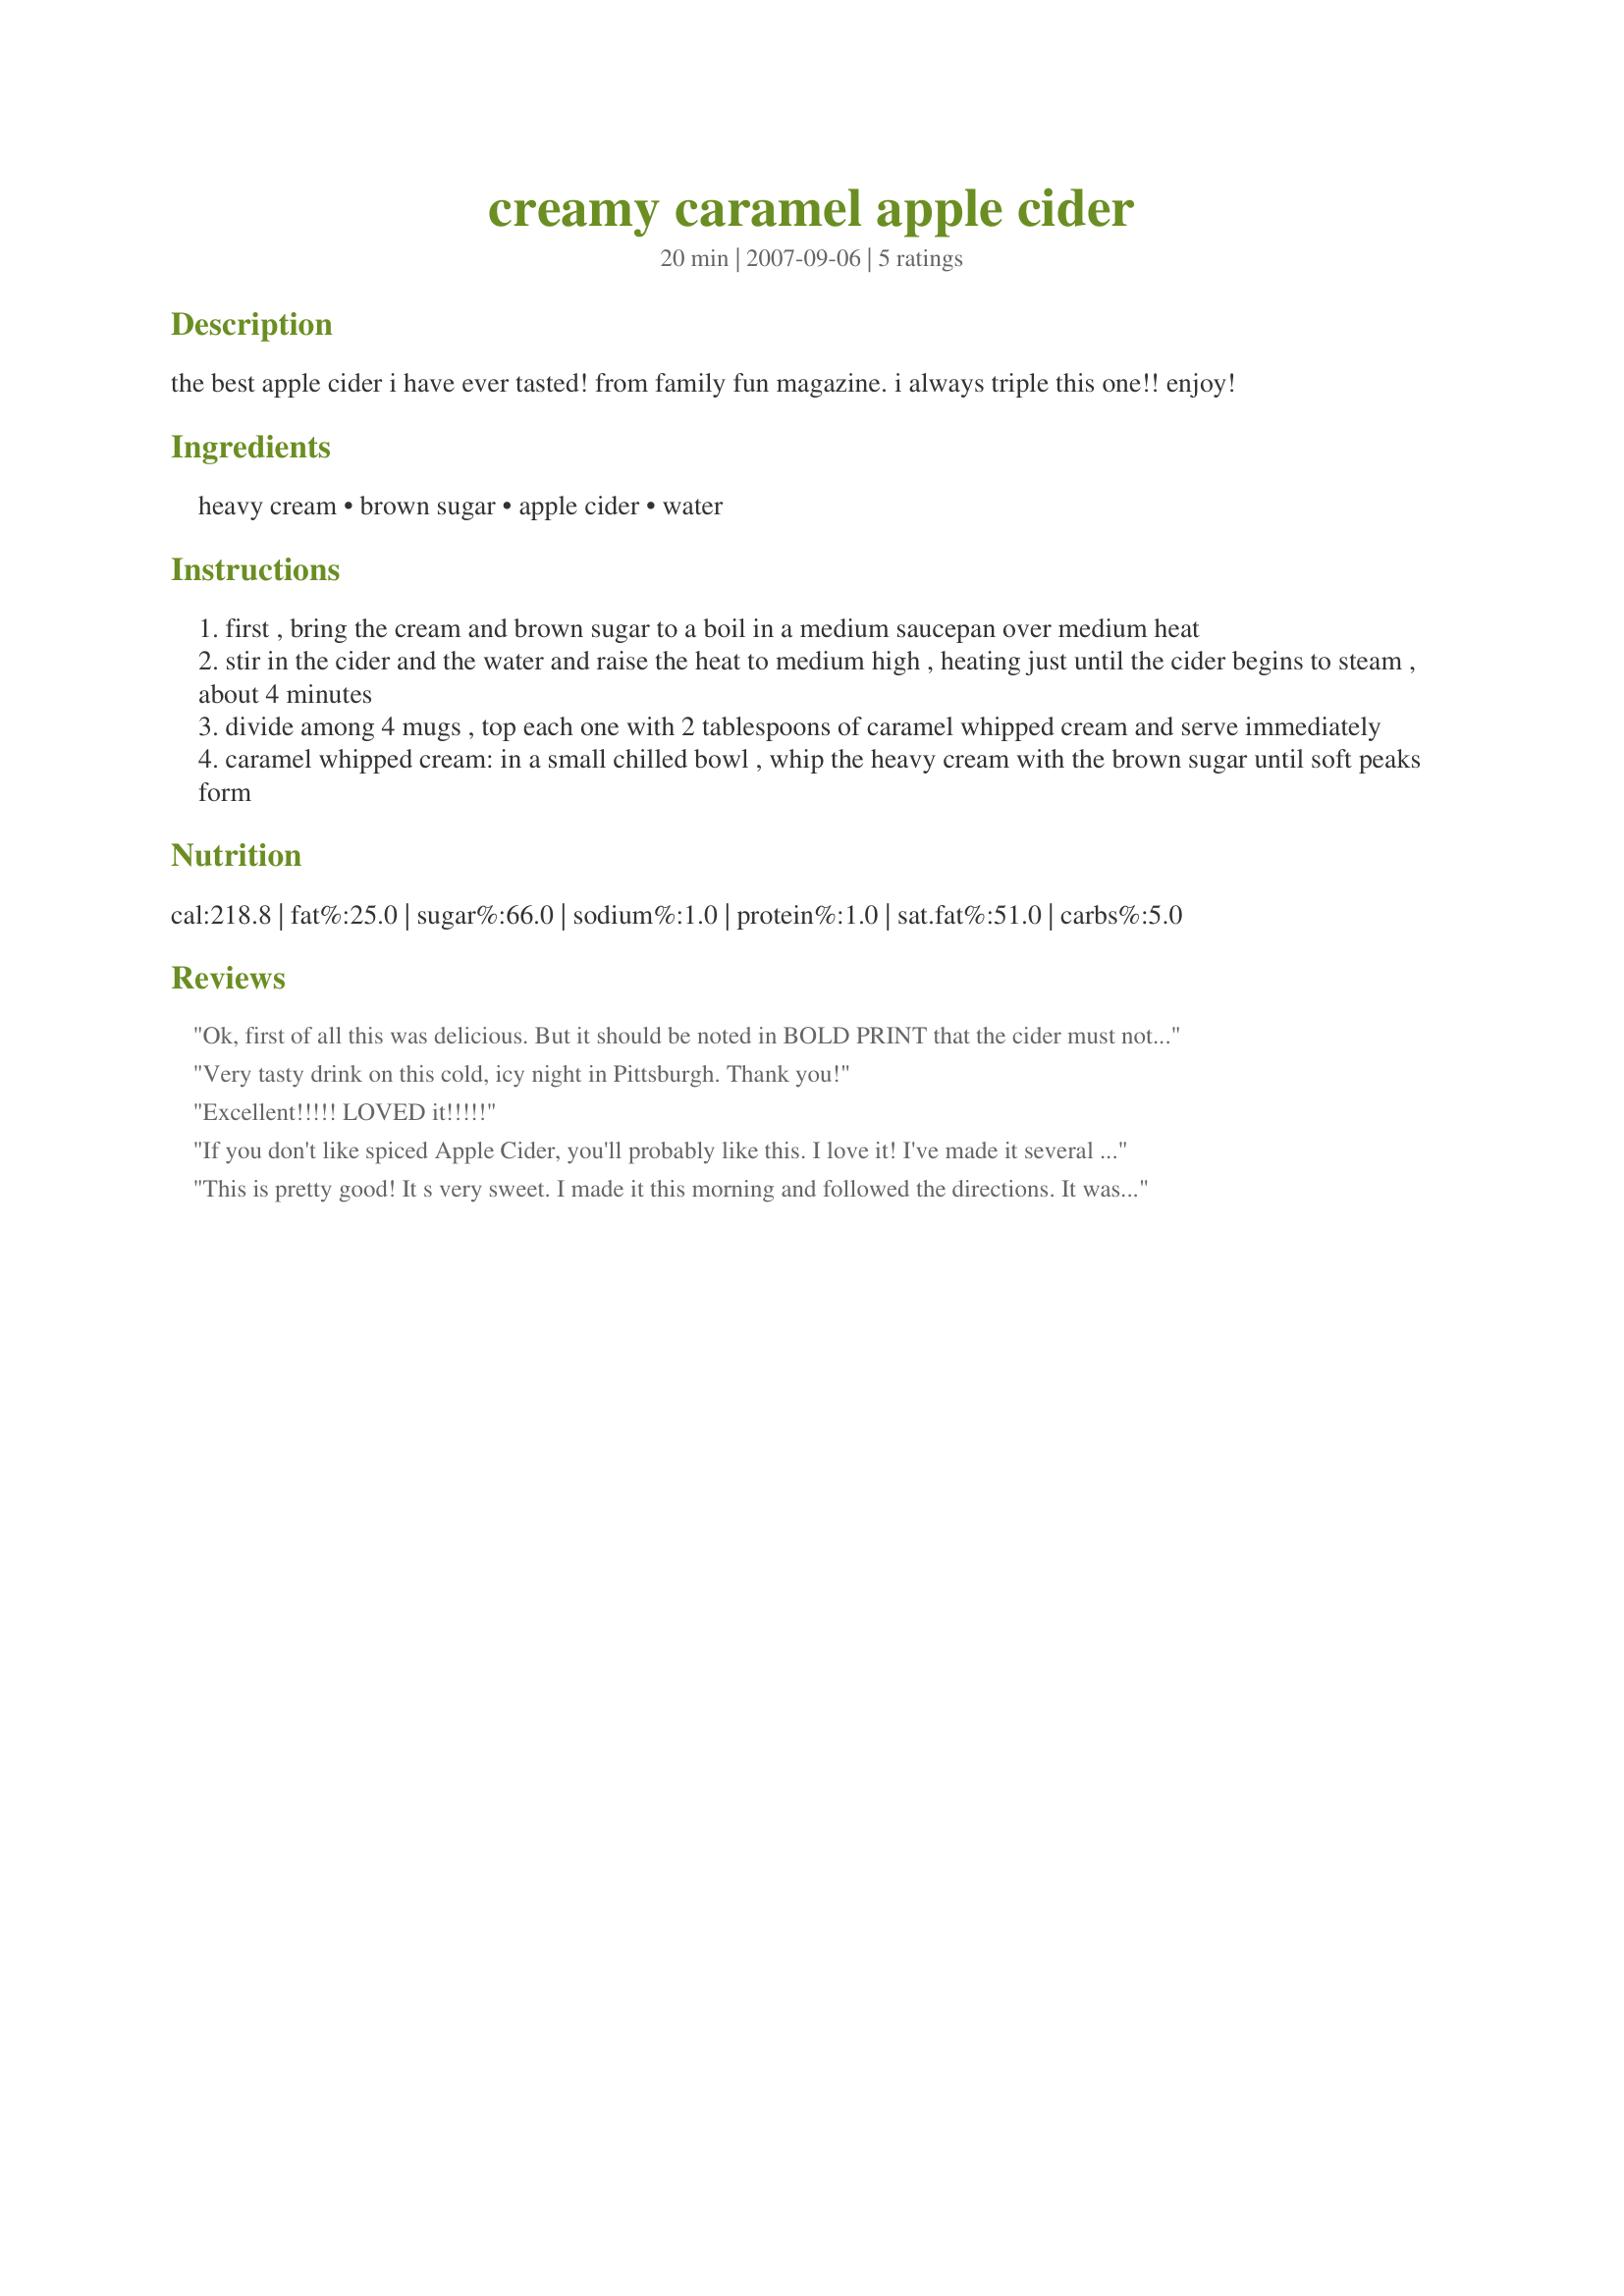
creamy caramel apple cider
Preparation time: 20 minutes

the best apple cider i have ever tasted! from family fun magazine. i always triple this one!! enjoy!

Ingredients:
heavy cream, brown sugar, apple cider, water

Steps:
first , bring the cream and brown sugar to a boil in a medium saucepan over medium heat
stir in the cider and the water and raise the heat to medium high , heating just until the cider begins to steam , about 4 minutes
divide among 4 mugs , top each one with 2 tablespoons of caramel whipped cream and serve immediately
caramel whipped cream: in a small chilled bowl , whip the heavy cream with the brown sugar until soft peaks form

Reviews:
Ok, first of all this was delicious. But it should be noted in BOLD PRINT that the cider must not be boiling...it curdles the cream! Which makes for a very ugly drink and one that you can't serve to your teenage daughter's friends after they've been outside playing in the snow! The cider should be warmed only. Add the cream and if its still not warm enough warm them together a little more gradually. Be very careful though not to curdle the cream. it's a touchy enough recipe that it does require babysitting. But as for being DELICIOUS and getting oohs and ahhhs (and a "thanks, mom"-hug) it is well worth it!!!
Very tasty drink on this cold, icy night in Pittsburgh. Thank you!
Excellent!!!!! LOVED it!!!!!
If you don't like spiced Apple Cider, you'll probably like this. I love it! I've made it several times now.
This is pretty good! It s very sweet. I made it this morning and followed the directions. It was a little too sweet for me. I made it again and used less brown sugar and it came out judt right. If you like a sweet hot drink, this is for you. I will be making this again. Thanks for sharing your recipe. Made for the PAC Fall '07 game.
